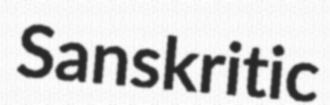
Sanskritic